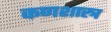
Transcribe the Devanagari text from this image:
कणशास्त्र